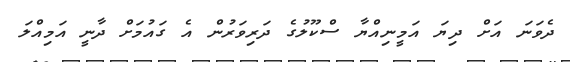
ދެވަނަ އަށް ދިޔަ އަމީނިއްޔާ ސްކޫލުގެ ދަރިވަރުން އެ ގައުމަށް ދާނީ އަމިއްލަ